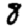
Digit: 8